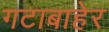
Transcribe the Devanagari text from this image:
गटाबाहेर